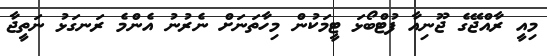
މިއީ ރާއްޖޭގެ ޖޫނިއާ ފުޓްބޯޅަ ޓީމަކުން މިހާތަނަށް ނެރުނު އެންމެ ރަނގަޅު ނަތީޖާ